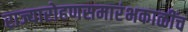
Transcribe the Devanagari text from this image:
राज्यारोहणसमारंभकाळींच